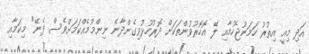
އަދި މިއީ އިތުރު ހަމަނުޖެހުމާއި ލޭ އޮހޮރުވުންތަކަށް ދޮރުހުޅުވިގެންދާނެ ނިންމުމެއްކަމަށްވެސް ފެނޭ" މިކަމާއި